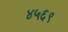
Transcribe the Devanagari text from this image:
४५६९